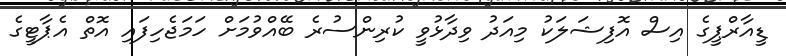
ޑީއާރްޕީގެ އިސް އޮފިޝަލަކު މިއަދު ވިދާޅުވީ ކުރިންސުރެ ބޭއްވުމަށް ހަމަޖެހިފައި އޮތް އެޕާޓީގެ